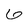
Character: 6